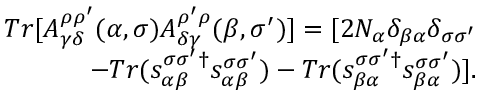
\begin{array} { r } { T r [ A _ { \gamma \delta } ^ { \rho \rho ^ { \prime } } ( \alpha , \sigma ) A _ { \delta \gamma } ^ { \rho ^ { \prime } \rho } ( \beta , \sigma ^ { \prime } ) ] = [ 2 N _ { \alpha } \delta _ { \beta \alpha } \delta _ { \sigma \sigma ^ { \prime } } } \\ { - T r ( s _ { \alpha \beta } ^ { \sigma \sigma ^ { \prime } \dagger } s _ { \alpha \beta } ^ { \sigma \sigma ^ { \prime } } ) - T r ( s _ { \beta \alpha } ^ { \sigma \sigma ^ { \prime } \dagger } s _ { \beta \alpha } ^ { \sigma \sigma ^ { \prime } } ) ] . } \end{array}